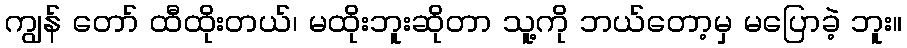
ကျွန် တော် ထီထိုးတယ်၊ မထိုးဘူးဆိုတာ သူ့ကို ဘယ်တော့မှ မပြောခဲ့ ဘူး။